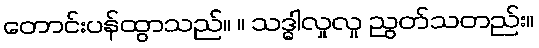
တောင်းပန်ထွာသည်။ ။ သဒ္ဓါလှုလှု ညွတ်သတည်း။